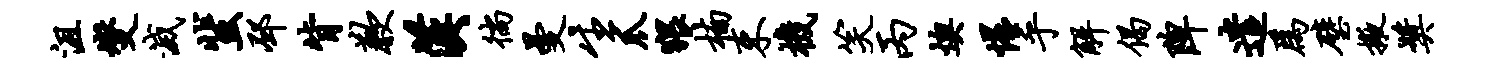
沮燮灭蜚邳背歉汉徜曼生爪猥楠束机笑丙燠惺乎解偈陴遣为璧掖奖